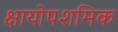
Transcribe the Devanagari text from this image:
क्षायोपशमिक